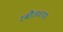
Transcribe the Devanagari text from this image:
रबौलच्या